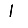
Digit: 1